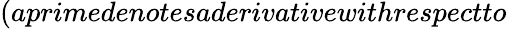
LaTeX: (aprimedenotesaderivativewithrespectto